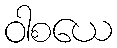
ဝါစယေ